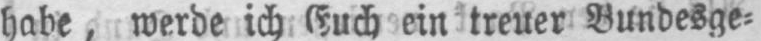
habe, werde ich Euch ein treuer Bundesge⸗